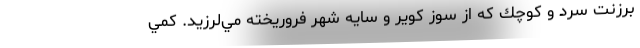
برزنت سرد و كوچك كه از سوز كوير و سايه شهر فروريخته مي‌لرزيد. كمي